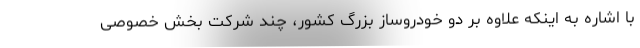
با اشاره به اینکه علاوه بر دو خودروساز بزرگ کشور، چند شرکت بخش خصوصی